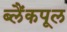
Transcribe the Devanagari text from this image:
ब्लैंकपूल